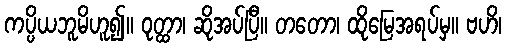
ကပ္ပိယဘူမိဟူ၍။ ဝုတ္ထာ၊ ဆိုအပ်ပြီ။ တတော၊ ထိုမြေအရပ်မှ။ ဗဟိ၊